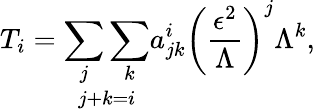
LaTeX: T_{i}=\underset{j+k=i}{\sum_{j}\sum_{k}}a_{jk}^{i}\left(\frac{\epsilon^{2}}{\Lambda}\right)^{j}\Lambda^{k},